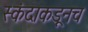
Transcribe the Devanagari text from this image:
स्कंदाकडूनच